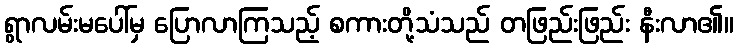
ရွာလမ်းမပေါ်မှ ပြောလာကြသည့် စကားတို့သံသည် တဖြည်းဖြည်း နီးလာ၏။